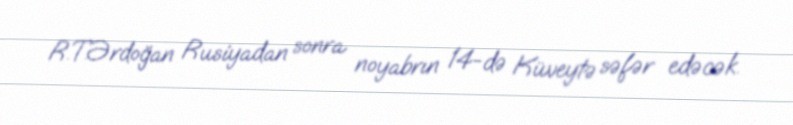
R.T.Ərdoğan Rusiyadan sonra noyabrın 14-də Küveytə səfər edəcək.